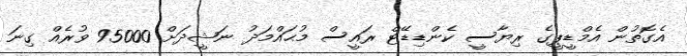
އެގޮތުން އެމްޑީޕީގެ ރިޔާސީ ކެންޑިޑޭޓް ރައީސް މުޙައްމަދު ނަޝީދަށް 95000 ވުރެއް ގިނަ